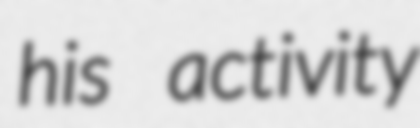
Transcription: his activity